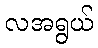
လအရွယ်